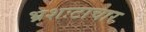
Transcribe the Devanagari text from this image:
भ्रशःटाचार